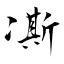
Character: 凘